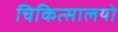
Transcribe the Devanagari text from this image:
चिकित्सालयो